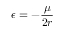
\epsilon = - { \frac { \mu } { 2 r } }